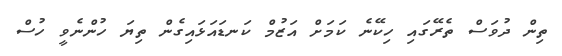
ތިން ދުވަސް ތެރޭގައި ހިކޭނެ ކަމަށް އަޒުމް ކަނޑައަޅައިގެން ތިޔަ ހުންނެވީ ހުސް